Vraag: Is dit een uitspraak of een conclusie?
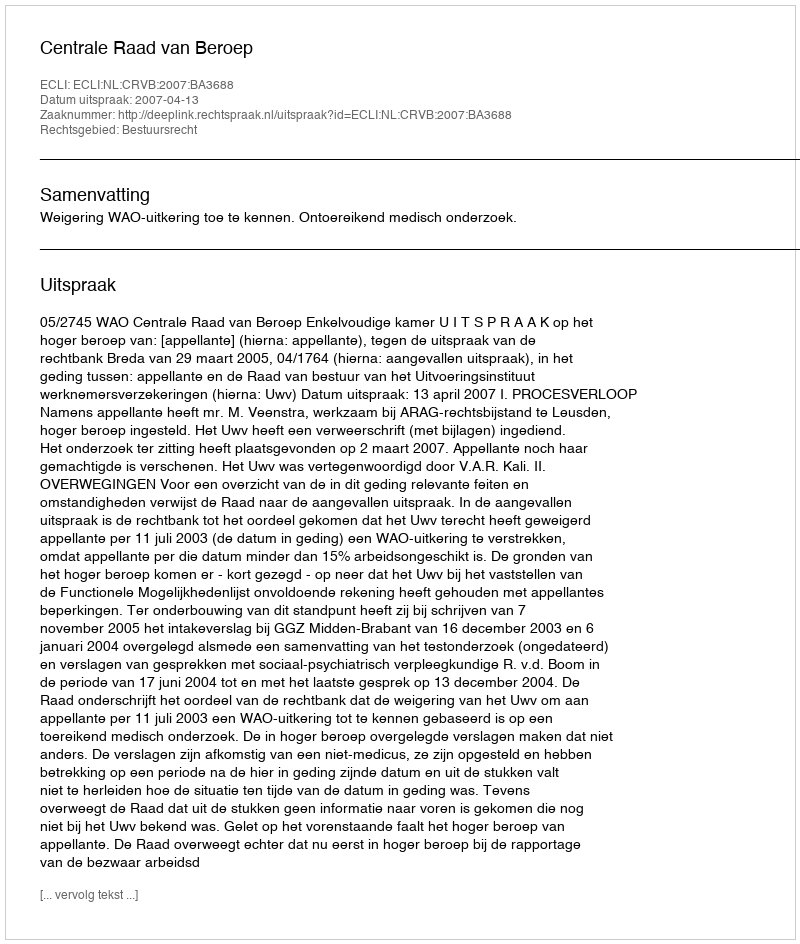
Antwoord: Uitspraak